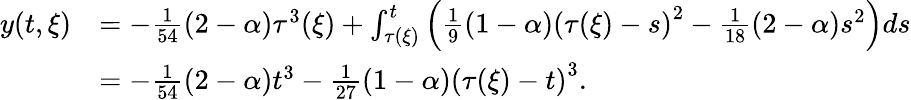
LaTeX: \begin{array}{rl}{y(t,\xi)}&{=-\frac{1}{54}(2-\alpha)\tau^{3}(\xi)+\int_{\tau(\xi)}^{t}\left(\frac{1}{9}(1-\alpha)\left(\tau(\xi)-s\right)^{2}-\frac{1}{18}(2-\alpha)s^{2}\right)ds}\\ &{=-\frac{1}{54}\left(2-\alpha\right)t^{3}-\frac{1}{27}(1-\alpha)\left(\tau(\xi)-t\right)^{3}.}\end{array}